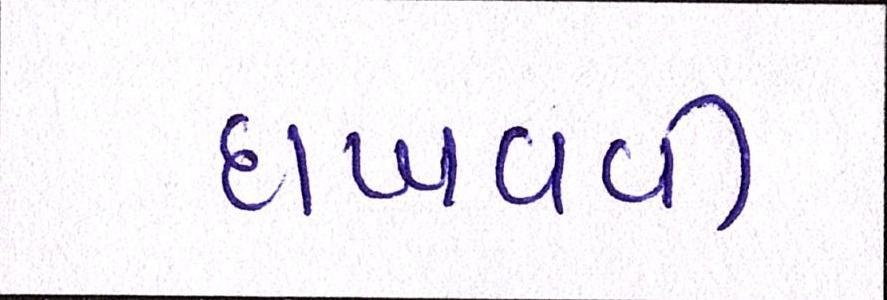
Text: દાખવવી